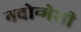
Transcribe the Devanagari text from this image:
नवोन्मेशी